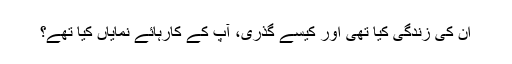
ان کی زندگی کیا تھی اور کیسے گذری، آپ کے کارہائے نمایاں کیا تھے؟